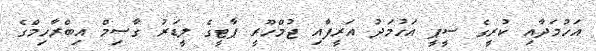
އަހުމަދާއި ކުރީގެ ސީޕީ އަހުމަދު އަރީފާއި ޖުމްހޫރީ ޕާޓީގެ ލީޑަރު ގާސިމް އިބްރާހިމްގެ